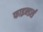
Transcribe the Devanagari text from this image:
फाइन्डर्स